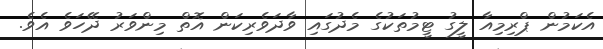
އެކަމުން ޕްރިމިއާ ލީގު ޓީމުތަކުގެ މެދުގައި ވާދަވެރިކަން އޮތް މިންވަރު ދޭހަވެ އެވެ.